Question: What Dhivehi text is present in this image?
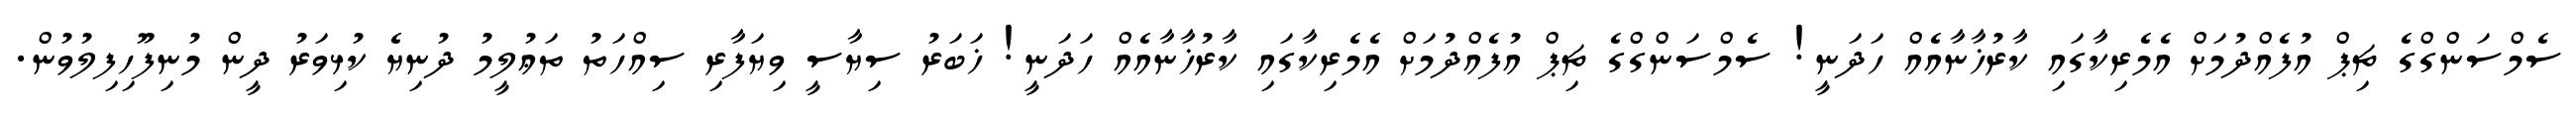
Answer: ސެމްސަންގްގެ ޗިޕް އުފެއްދުމަށް އެމެރިކާގައި ކާރުޚާނާއެއް ހަދަނީ! ސެމްސަންގްގެ ޗިޕް އުފެއްދުމަށް އެމެރިކާގައި ކާރުޚާނާއެއް ހަދަނީ! ޚަބަރު ސިޔާސީ ވިޔަފާރި ސިއްހަތު ތަޢުލީމު ދުނިޔެ ކުޅިވަރު ދީން މުނިފޫހިފިލުވުން.